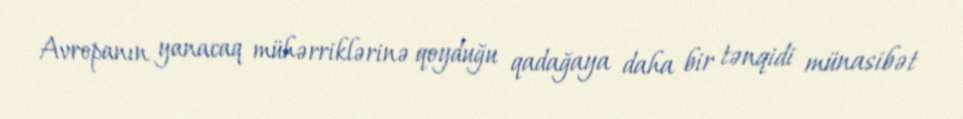
Avropanın yanacaq mühərriklərinə qoyduğu qadağaya daha bir tənqidi münasibət